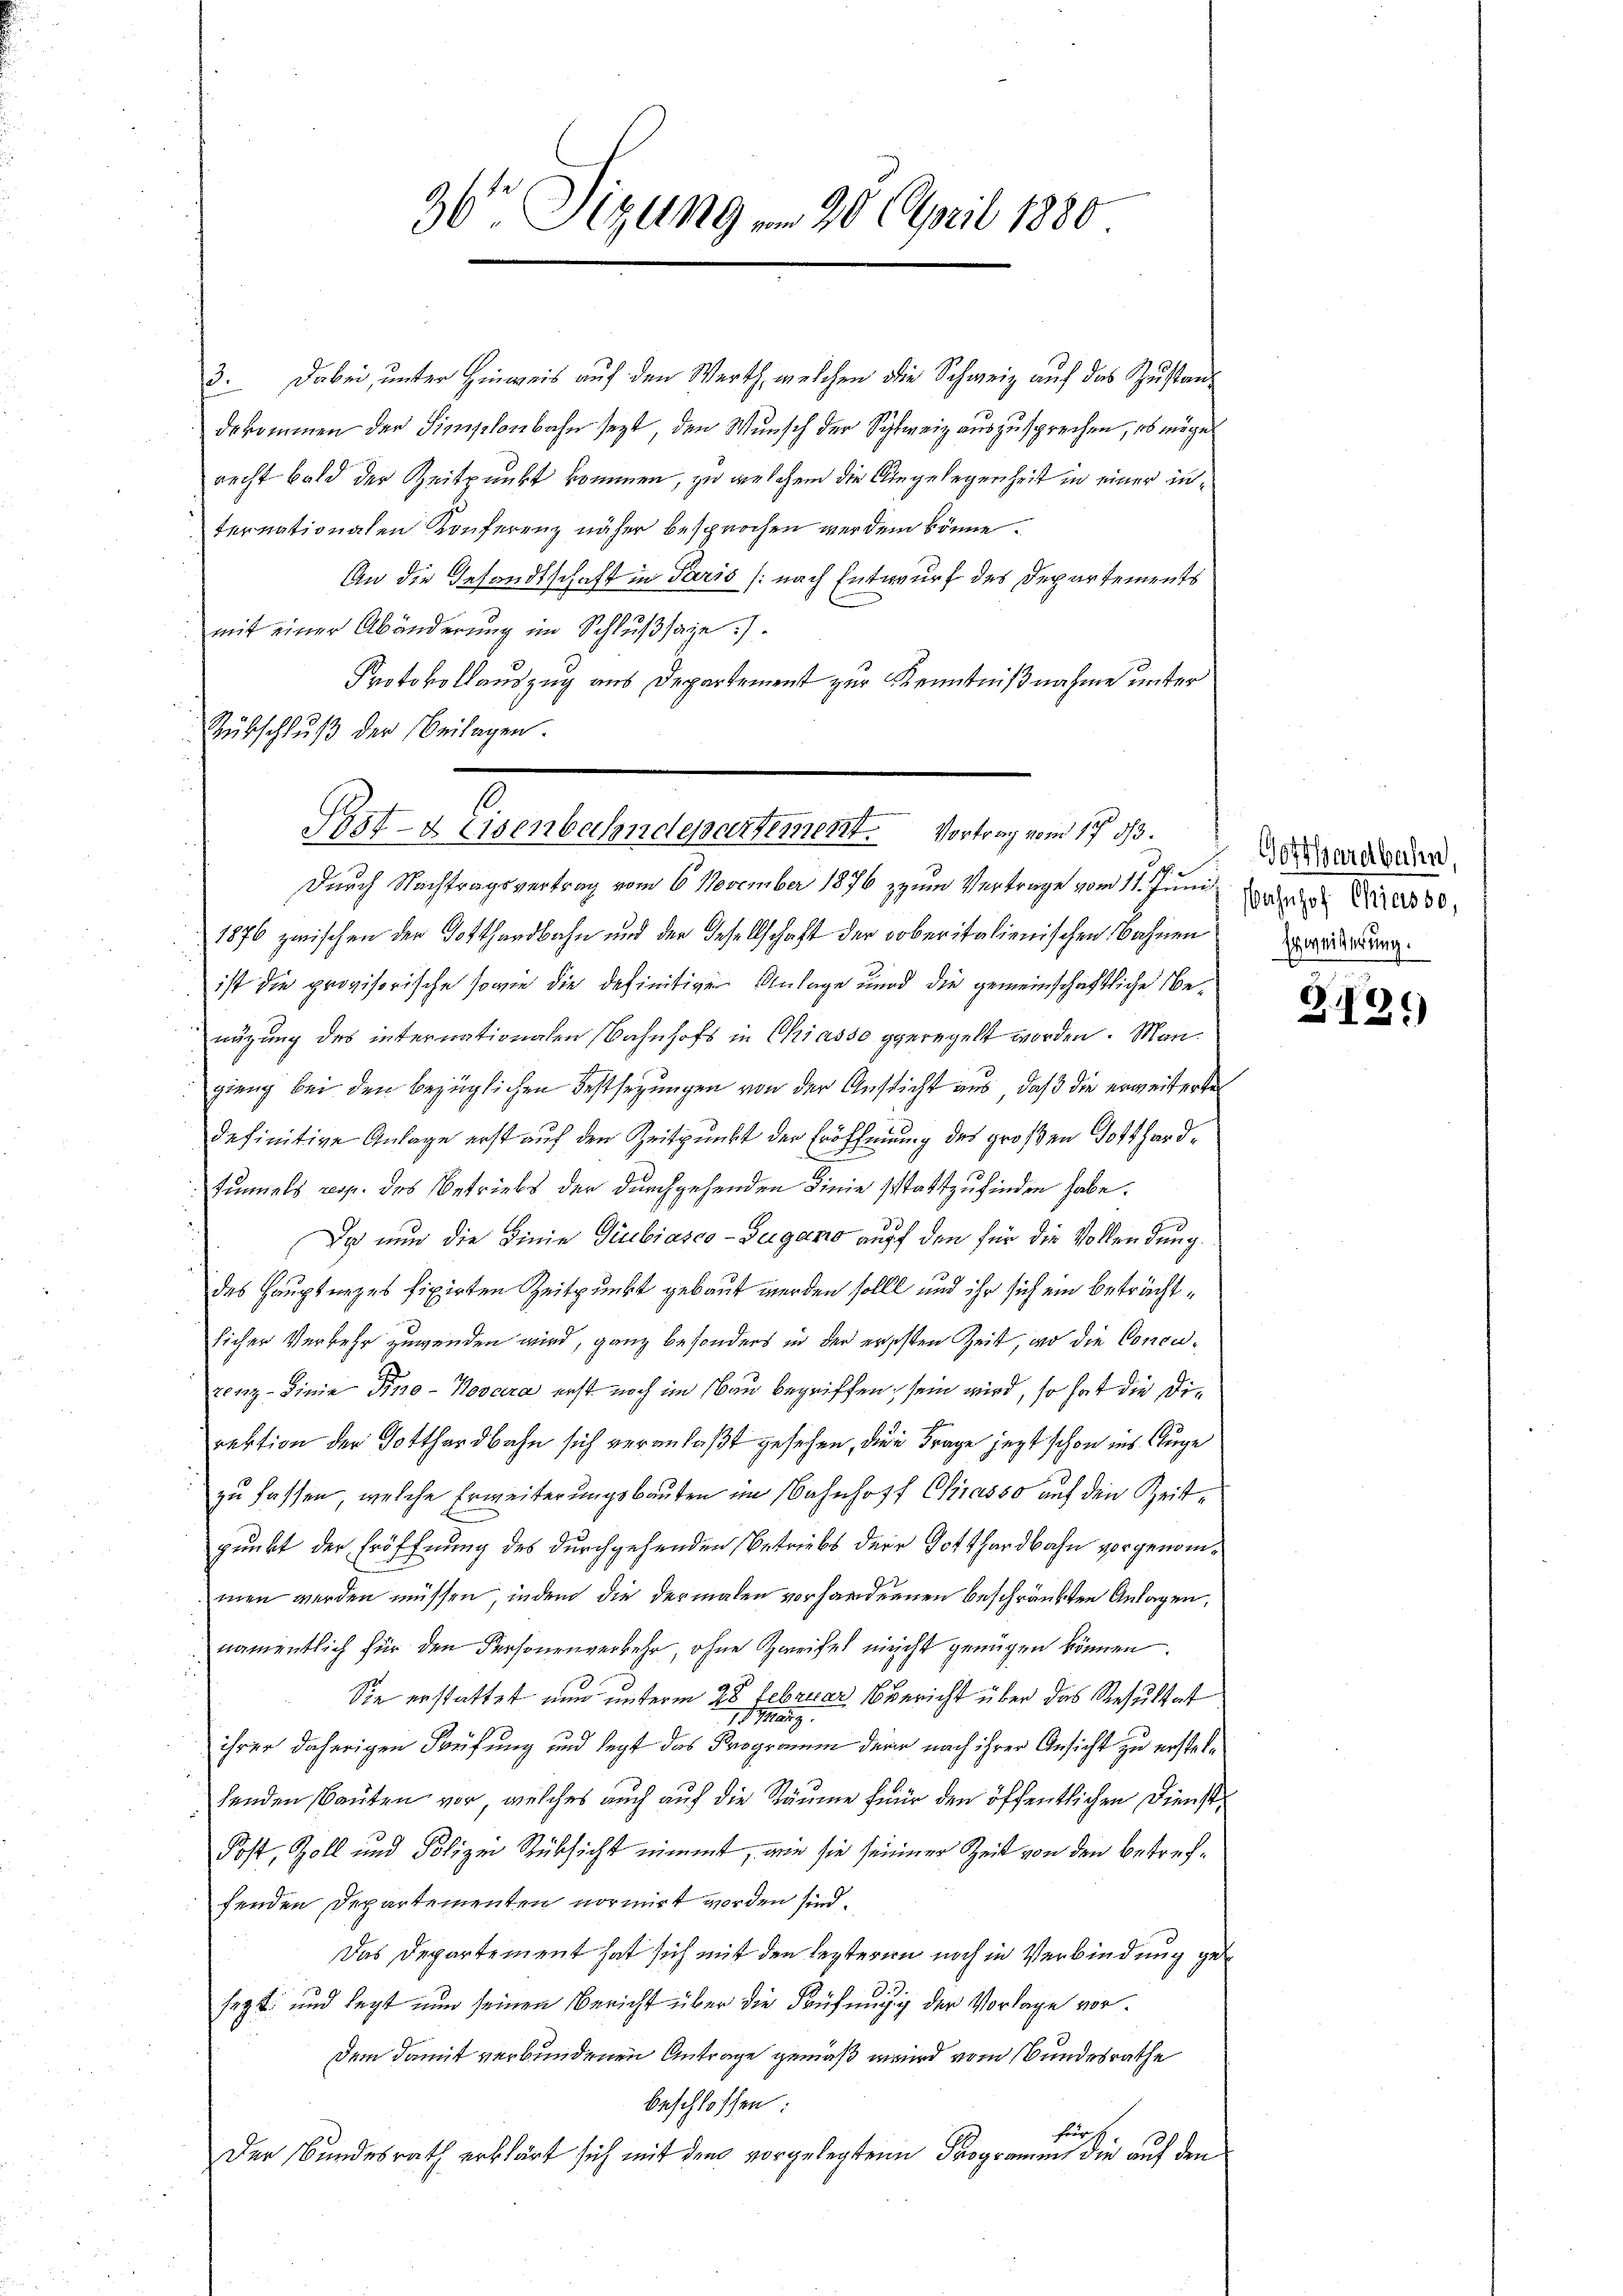
36 Sizung am 26. April 1880.

3. Dabei, unter Hinweis auf den Werth, welchen die Schweiz auf das Zustandekommen der Simplenbahn sezt, den Wunsch der Schweiz auszusprechen, es möge
recht bald der Zeitpunkt kommen, zu welchem die Angelegenheit in einer internationalen Konferenz näher besprochen werden könne.
An die Gesandtschaft in Paris (nach Entwurf des Departements
mit einer Abänderung im Schlußsaze :/
Protokollauszug aus Departement zur Kenntnißnahme unter
Rübschluß der Beilagen.

s
Post- & Eisenbahndepartement. Vortrag vom 17 der der
Durch Nachtragsvertrag vom 6. November 1876 zum Vertrage vom 11. Juni auch die 30,

1876 zwischen der Gotthardbahn und der Gesellschaft der oberitalienischen Bahnen
 ist die provisorische sowie die definitiven Anlage und die gemeinschaftliche Benügung des internationalen Bahnhofs in Chiasso geregelt worden. Man
gieng bei den bezüglichen Festsezungen von der Aussicht aus, daß die erweiterte
definitive Anlage erst auf den Zeitpunkt der Eröffnung des großen Gotthardtunnels resp. des Betriebs der durchgehenden Linie stattzufinden habe.
32
Da nun die Linie Giubiasco-Zugano auff den für die Vollendung
des Hauptunges fixirten Zeitpunkt gebaut werden sollt und ihr sich ein beträchtlicher Verkehr zuwenden wird, ganz besonders in der erschten Zeit, wo die Concuzenz-Sinie Tino-Kovara erst noch im Bau begriffen, sein wird, so hat die Direktion der Gotthardbahn sich veranlaßt gesehen, die Frage jezt schon ins Auge
zu fassen, welche Erweiterungsbauten im Bahnhoff Chiasso auf den Zeitpunkt der Eröffnung des durchgehenden Betriebs der Gotthardbahn vorgenommen werden müssen, indem die dermalen vorhandernen beschränkten Anlagen,
namentlich für den Personenverkehr, ohne Zweifel nicht genügen können.
Sie erstattet nun unterm 28. Februar bericht über das Resultat
1 Mang
ihrer daherigen Prüfung und legt das Programm darin nach ihrer Ansicht zu erstelhenden Bauten vor, welches auch auf die Räume für den öffentlichen Dienst¬
Post, Zoll und Polizei Rücksicht nimmt, wie sie seiner Zeit von den betreffenden Departementen normirt worden sind.
Das Departement hat sich mit den lezteren noch in Verbindung gesept. und legt nun seinen Bericht über die Prüfungig der Vorlage vordem damit verbundenen Antrage gemäß wird vom Bundesrathe
beschlossen:
für 4.
Der Bundesrath erklärt sich mit dem vorgelegten Programens die auf den

Erweiterung.

Z.12)